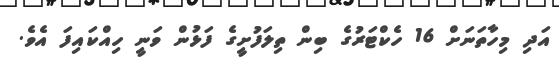
އަދި މިހާތަނަށް 16 ހެކްޓަރުގެ ބިން ތިލަފުށީގެ ފަޅުން ވަނީ ހިއްކައިފަ އެވެ.